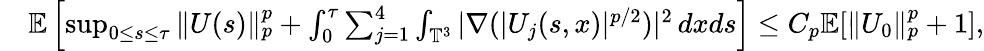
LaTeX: \begin{array}{rl}&{\mathbb E\left[\operatorname*{sup}_{0\leq s\leq\tau}\| U(s)\| _{p}^{p}+\int_{0}^{\tau}\sum_{j=1}^{4}\int_{\mathbb T^{3}}|\nabla(|U_{j}(s,x)|^{p/2})|^{2}\, dxds\right]\leq C_{p}\mathbb E[\| U_{0}\| _{p}^{p}+1],}\end{array}